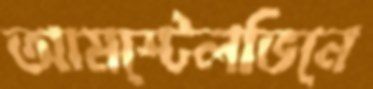
আমস্টেলভিনে